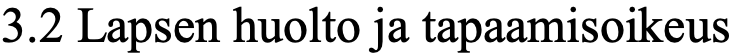
3.2 Lapsen huolto ja tapaamisoikeus